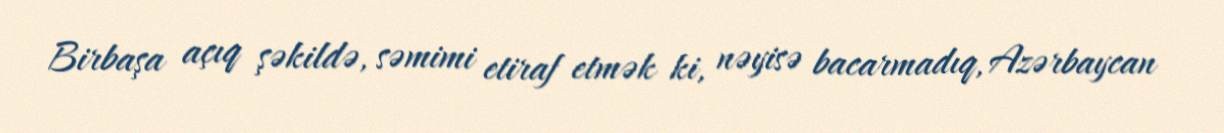
Birbaşa açıq şəkildə, səmimi etiraf etmək ki, nəyisə bacarmadıq, Azərbaycan